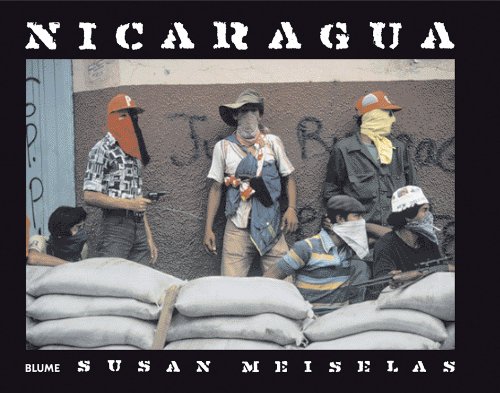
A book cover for Nicaragua (Spanish Edition); Susan Meiselas; Travel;